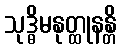
သုဒ္ဓိမနုတ္ထုနန္တိ